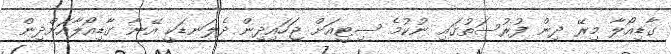
ގާޑިއޯލާ މިރޭ ދިން ފުރުސަތުގައި ނުކުމެ ސިޓީއަށް ޖަހައިދިން ދެލަނޑަކީ އޭނާ ގާޑިއޯލާއަށްދިން